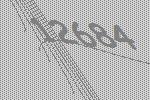
12684